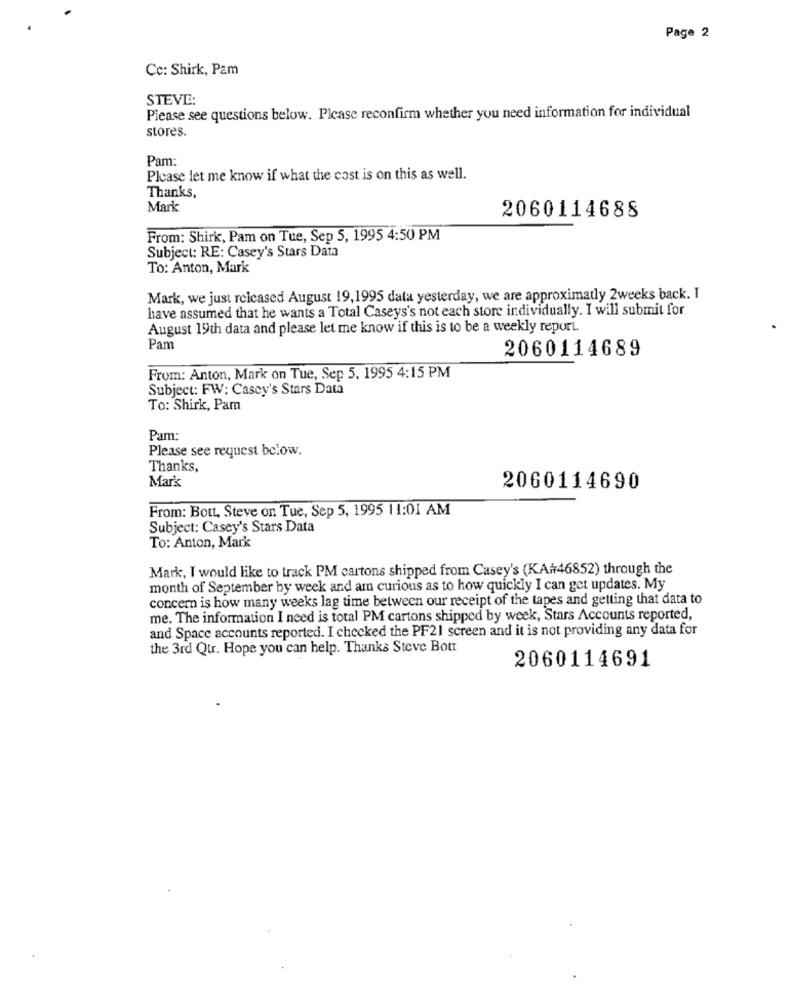
Page 2
Cc: Shirk, Pam
STEVE:
Please see questions below. Please reconfirm whether you need information for individual
stores.
Pam:
Please let me know if what the cost is on this as well.
Thanks,
Mark
2060114688
From: Shirk, Pam on Tue, Sep 5, 1995 4:50 PM
Subject: RE: Casey's Stars Data
To: Anton, Mark
Mark, we just rcicased August 19,1995 data yesterday, we are approximatly 2weeks back. I
have assumed that he wants a Total Caseys's not each store individually. I will submit for
August 19th data and please let me know if this is to be a weekly report.
Pam
2060114689
From: Anton, Mark on Tue, Sep 5, 1995 4:15 PM
Subject: FW: Casey's Stars Data
To: Shirk, Pam
Pam:
Please see request below.
Thanks,
Mark
2060114690
From: Bott, Steve on Tue, Sep 5, 1995 11:01 AM
Subject: Casey's Stars Data
To: Anton, Mark
Mark, I would like to track PM cartons shipped from Casey's (KA#46852) through the
month of September by week and am curious as to how quickly I can get updates. My
concern is how many weeks lag time between our receipt of the tapes and getting that data to
me. The information I need is total PM cartons shipped by week, Stars Accounts reported,
and Space accounts reported. I checked the PF21 screen and it is not providing any data for
the 3rd Qtr. Hope you can help. Thanks Steve Bott
2060114691